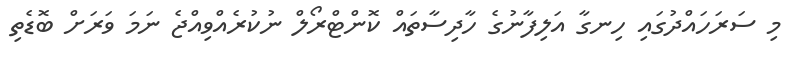
މި ސަރަހައްދުގައި ހިނގާ އަލިފާނުގެ ހާދިސާތައް ކޮންޓްރޯލް ނުކުރެއްވިއްޖެ ނަމަ ވަރަށް ބޮޑެތި